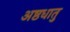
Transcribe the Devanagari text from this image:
अष्ठधातु